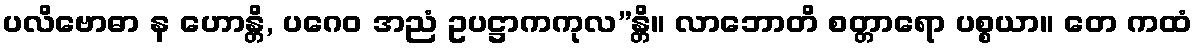
ပလိဗောဓာ န ဟောန္တိ, ပဂေဝ အညံ ဥပဋ္ဌာကကုလ”န္တိ။ လာဘောတိ စတ္တာရော ပစ္စယာ။ တေ ကထံ